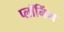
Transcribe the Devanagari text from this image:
प्लॉनिंग